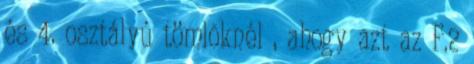
és 4. osztályú tömlõknél , ahogy azt az F.2